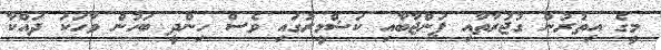
މީގެ އިތުރުން ގުޖުރާތާއި ޕަންޖާބާއި ކަޝްމީރުގައި ވެސް ހިންދީ ބަހުން ވާހަކަ ދައްކާ